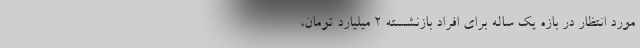
مورد انتظار در بازه یک ساله برای افراد بازنشسته 2 میلیارد تومان،